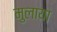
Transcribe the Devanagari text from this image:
मुलाया